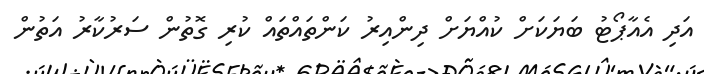
އަދި އެއާޕޯޓު ބަޔަކަށް ކުއްޔަށް ދިންއިރު ކަންތައްތައް ކުރި ގޮތުން ސަރުކާރު އަތުން